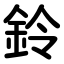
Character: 鈴